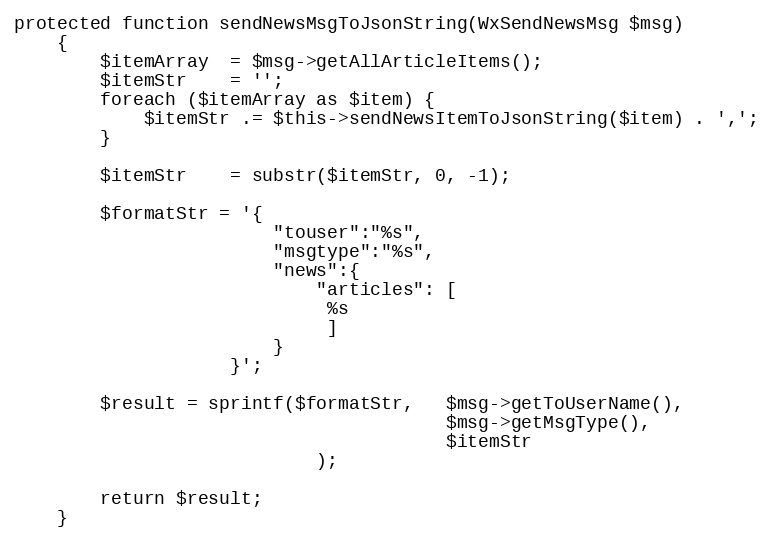
Language: PHP
protected function sendNewsMsgToJsonString(WxSendNewsMsg $msg)
    {
        $itemArray  = $msg->getAllArticleItems();
        $itemStr    = '';
        foreach ($itemArray as $item) {
            $itemStr .= $this->sendNewsItemToJsonString($item) . ',';
        }

        $itemStr    = substr($itemStr, 0, -1);

        $formatStr = '{
                        "touser":"%s",
                        "msgtype":"%s",
                        "news":{
                            "articles": [
                             %s
                             ]
                        }
                    }';

        $result = sprintf($formatStr,   $msg->getToUserName(),
                                        $msg->getMsgType(),
                                        $itemStr
                            );

        return $result;
    }